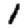
Digit: 1